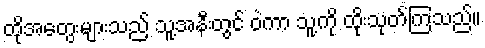
ထိုအတွေးများသည် သူ့အနီးတွင် ဝဲကာ သူ့ကို ထိုးသုတ်ကြသည်။